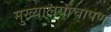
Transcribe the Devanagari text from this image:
मुख्यालयांचापण